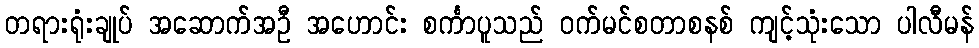
တရားရုံးချုပ် အဆောက်အဦ အဟောင်း စင်္ကာပူသည် ဝက်မင်စတာစနစ် ကျင့်သုံးသော ပါလီမန်